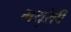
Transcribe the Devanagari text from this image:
मयूरेही